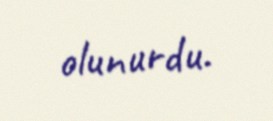
olunurdu.